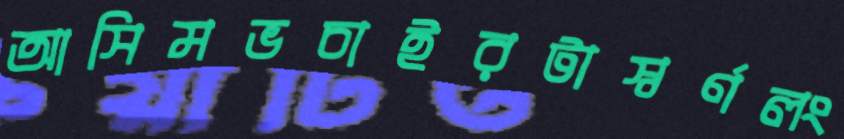
আসিমভচাইরটাস্বর্ণলং